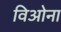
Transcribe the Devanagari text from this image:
विओना